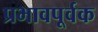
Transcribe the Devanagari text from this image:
प्रभावपूर्वक